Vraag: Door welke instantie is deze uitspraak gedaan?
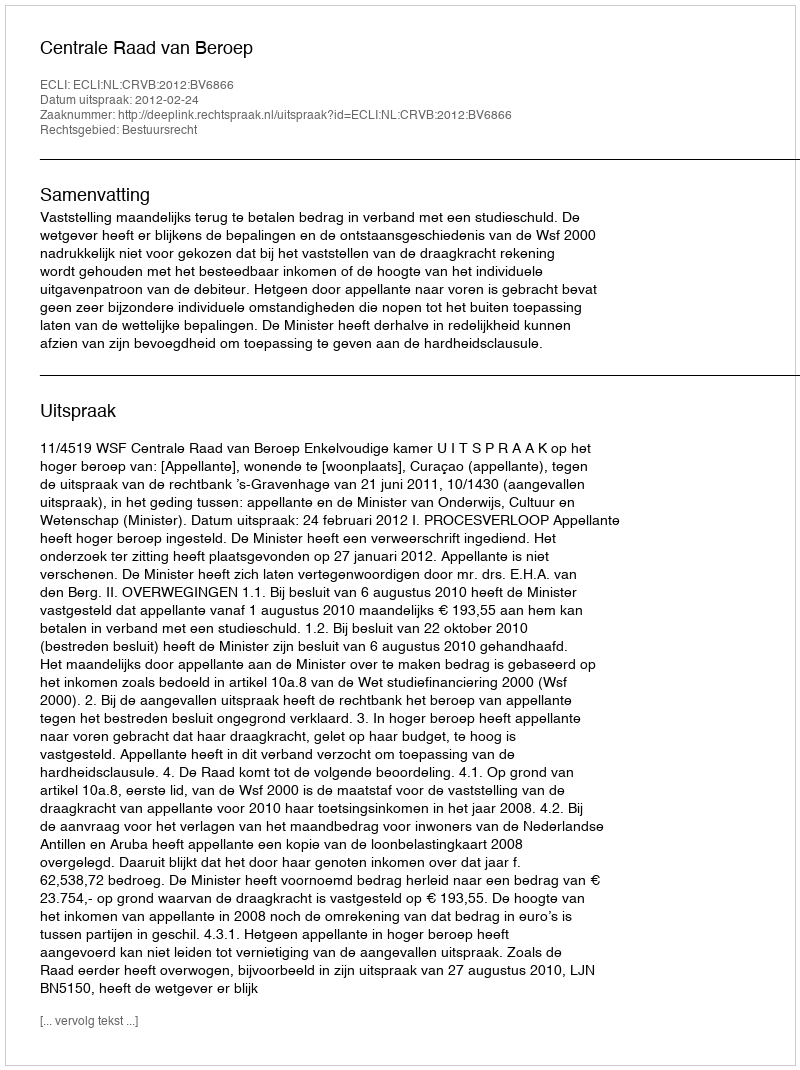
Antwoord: Centrale Raad van Beroep